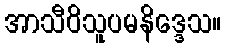
အာသီဝိသူပမနိဒ္ဒေသ။